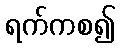
ရက်ကစ၍